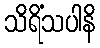
သိရိံသပါနိ